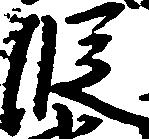
段